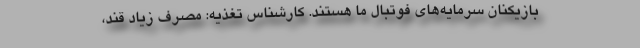
بازیکنان سرمایه‌های فوتبال ما هستند. کارشناس تغذیه: مصرف زیاد قند،